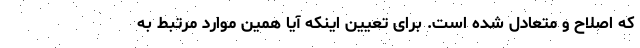
که اصلاح و متعادل شده است. برای تعیین اینکه آیا همین موارد مرتبط به